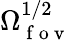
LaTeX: \Omega_{\mathrm{~f~o~v~}}^{1/2}